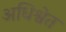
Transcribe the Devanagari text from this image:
अधिश्वेत